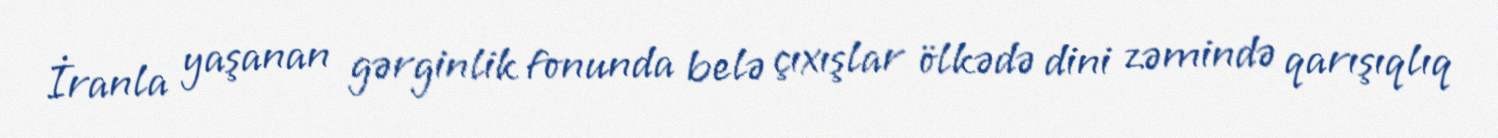
İranla yaşanan gərginlik fonunda belə çıxışlar ölkədə dini zəmində qarışıqlıq